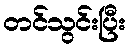
တင်သွင်းပြီး